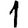
Digit: 1